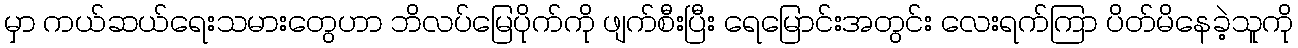
မှာ ကယ်ဆယ်ရေးသမားတွေဟာ ဘိလပ်မြေပိုက်ကို ဖျက်စီးပြီး ရေမြောင်းအတွင်း လေးရက်ကြာ ပိတ်မိနေခဲ့သူကို